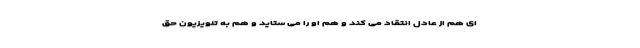
ای هم از عادل انتقاد می کند و هم او را می ستاید و هم به تلویزیون حق